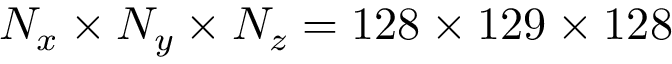
N _ { x } \times N _ { y } \times N _ { z } = 1 2 8 \times 1 2 9 \times 1 2 8